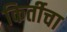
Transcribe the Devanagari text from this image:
किर्तीचा